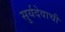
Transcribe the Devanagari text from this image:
सुर्यदेवाची